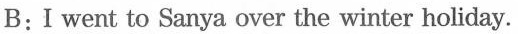
B: I went to Sanya over the winter holiday.